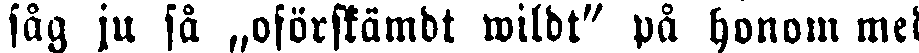
såg ju så „oförstämdt wildt" på honom med